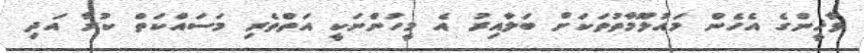
ވާޚީންގެ އެހެން މައުލޫމާތުތަކަށް ބަލާއިރު އެ މީހުންނަކީ އަތްތެރި މަސައްކަތް ކުރާ އަދި